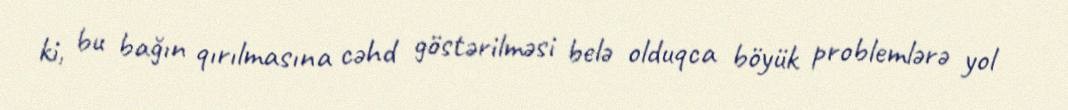
ki, bu bağın qırılmasına cəhd göstərilməsi belə olduqca böyük problemlərə yol